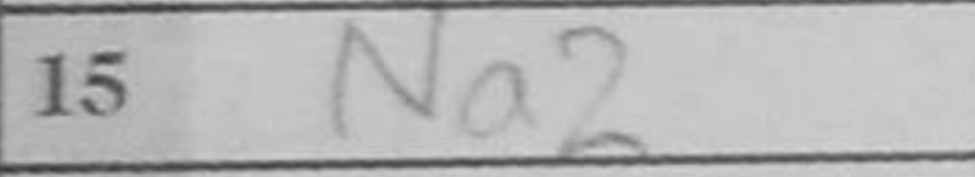
Transcription: Na2